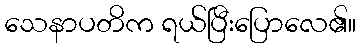
သေနာပတိက ရယ်ပြီးပြောလေ၏။